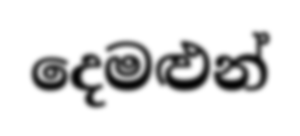
දෙමළුන්